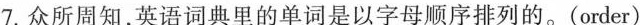
7.众所周知，英语词典里的单词是以字母顺序排列的。(order)